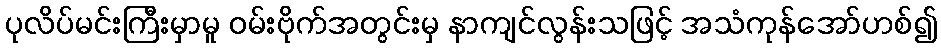
ပုလိပ်မင်းကြီးမှာမူ ဝမ်းဗိုက်အတွင်းမှ နာကျင်လွန်းသဖြင့် အသံကုန်အော်ဟစ်၍